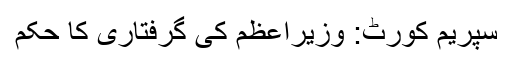
سپریم کورٹ: وزیراعظم کی گرفتاری کا حکم